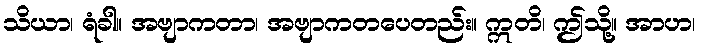
သိယာ၊ ရံခါ။ အဗျာကတာ၊ အဗျာကတပေတည်း။ ဣတိ၊ ဤသို့။ အာဟ၊